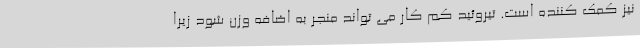
نیز کمک کننده است. تیروئید کم کار می تواند منجر به اضافه وزن شود زیرا